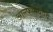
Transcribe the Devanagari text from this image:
आल्फामधूनच